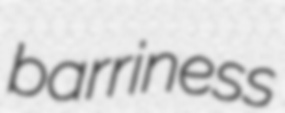
barriness